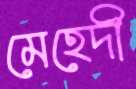
মেহেদী